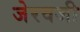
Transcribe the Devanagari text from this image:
जेरवजी